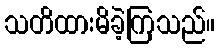
သတိထားမိခဲ့ကြသည်။